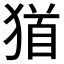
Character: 𤠁